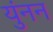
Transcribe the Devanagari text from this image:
युंनन